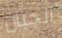
الجبان